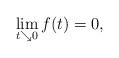
LaTeX: \begin{align*} \lim_{t \searrow 0} f(t) = 0,\end{align*}